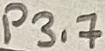
Text: P3.7